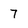
Character: 7